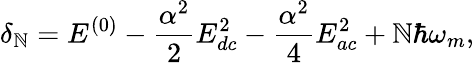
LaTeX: \delta_{\mathbb{N}}=E^{(0)}-\frac{{\alpha^{2}}}{{2}}E_{dc}^{2}-\frac{{\alpha^{2}}}{{4}}E_{ac}^{2}+\mathbb{N}\hbar\omega_{m},